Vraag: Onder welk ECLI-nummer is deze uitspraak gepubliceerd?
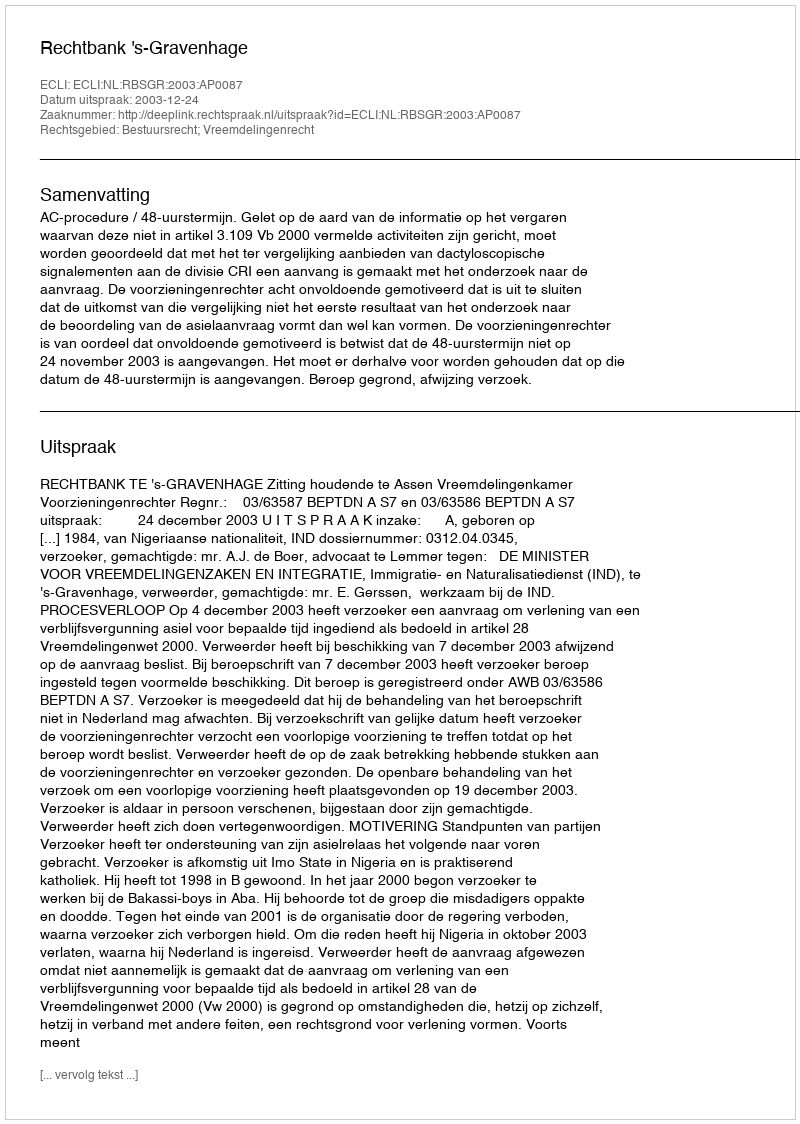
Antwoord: ECLI:NL:RBSGR:2003:AP0087